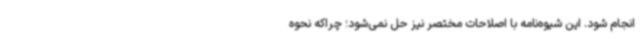
انجام شود. این شیوه‌نامه با اصلاحات مختصر نیز حل نمی‌شود؛ چراکه نحوه